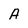
Character: A